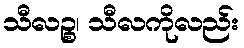
သီလဉ္စ၊ သီလကိုလည်း